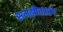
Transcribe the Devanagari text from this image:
समझौताभंग